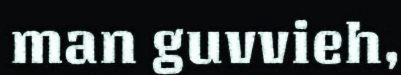
man guvvieh,